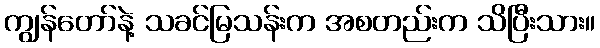
ကျွန်တော်နဲ့ သခင်မြသန်းက အစတည်းက သိပြီးသား။